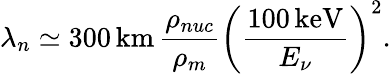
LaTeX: \lambda_{n}\simeq 300\, \mathrm{km}\, \frac{\rho_{nuc}}{\rho_{m}}\left(\frac{100\, \mathrm{keV}}{E_{\nu}}\right)^{2}.